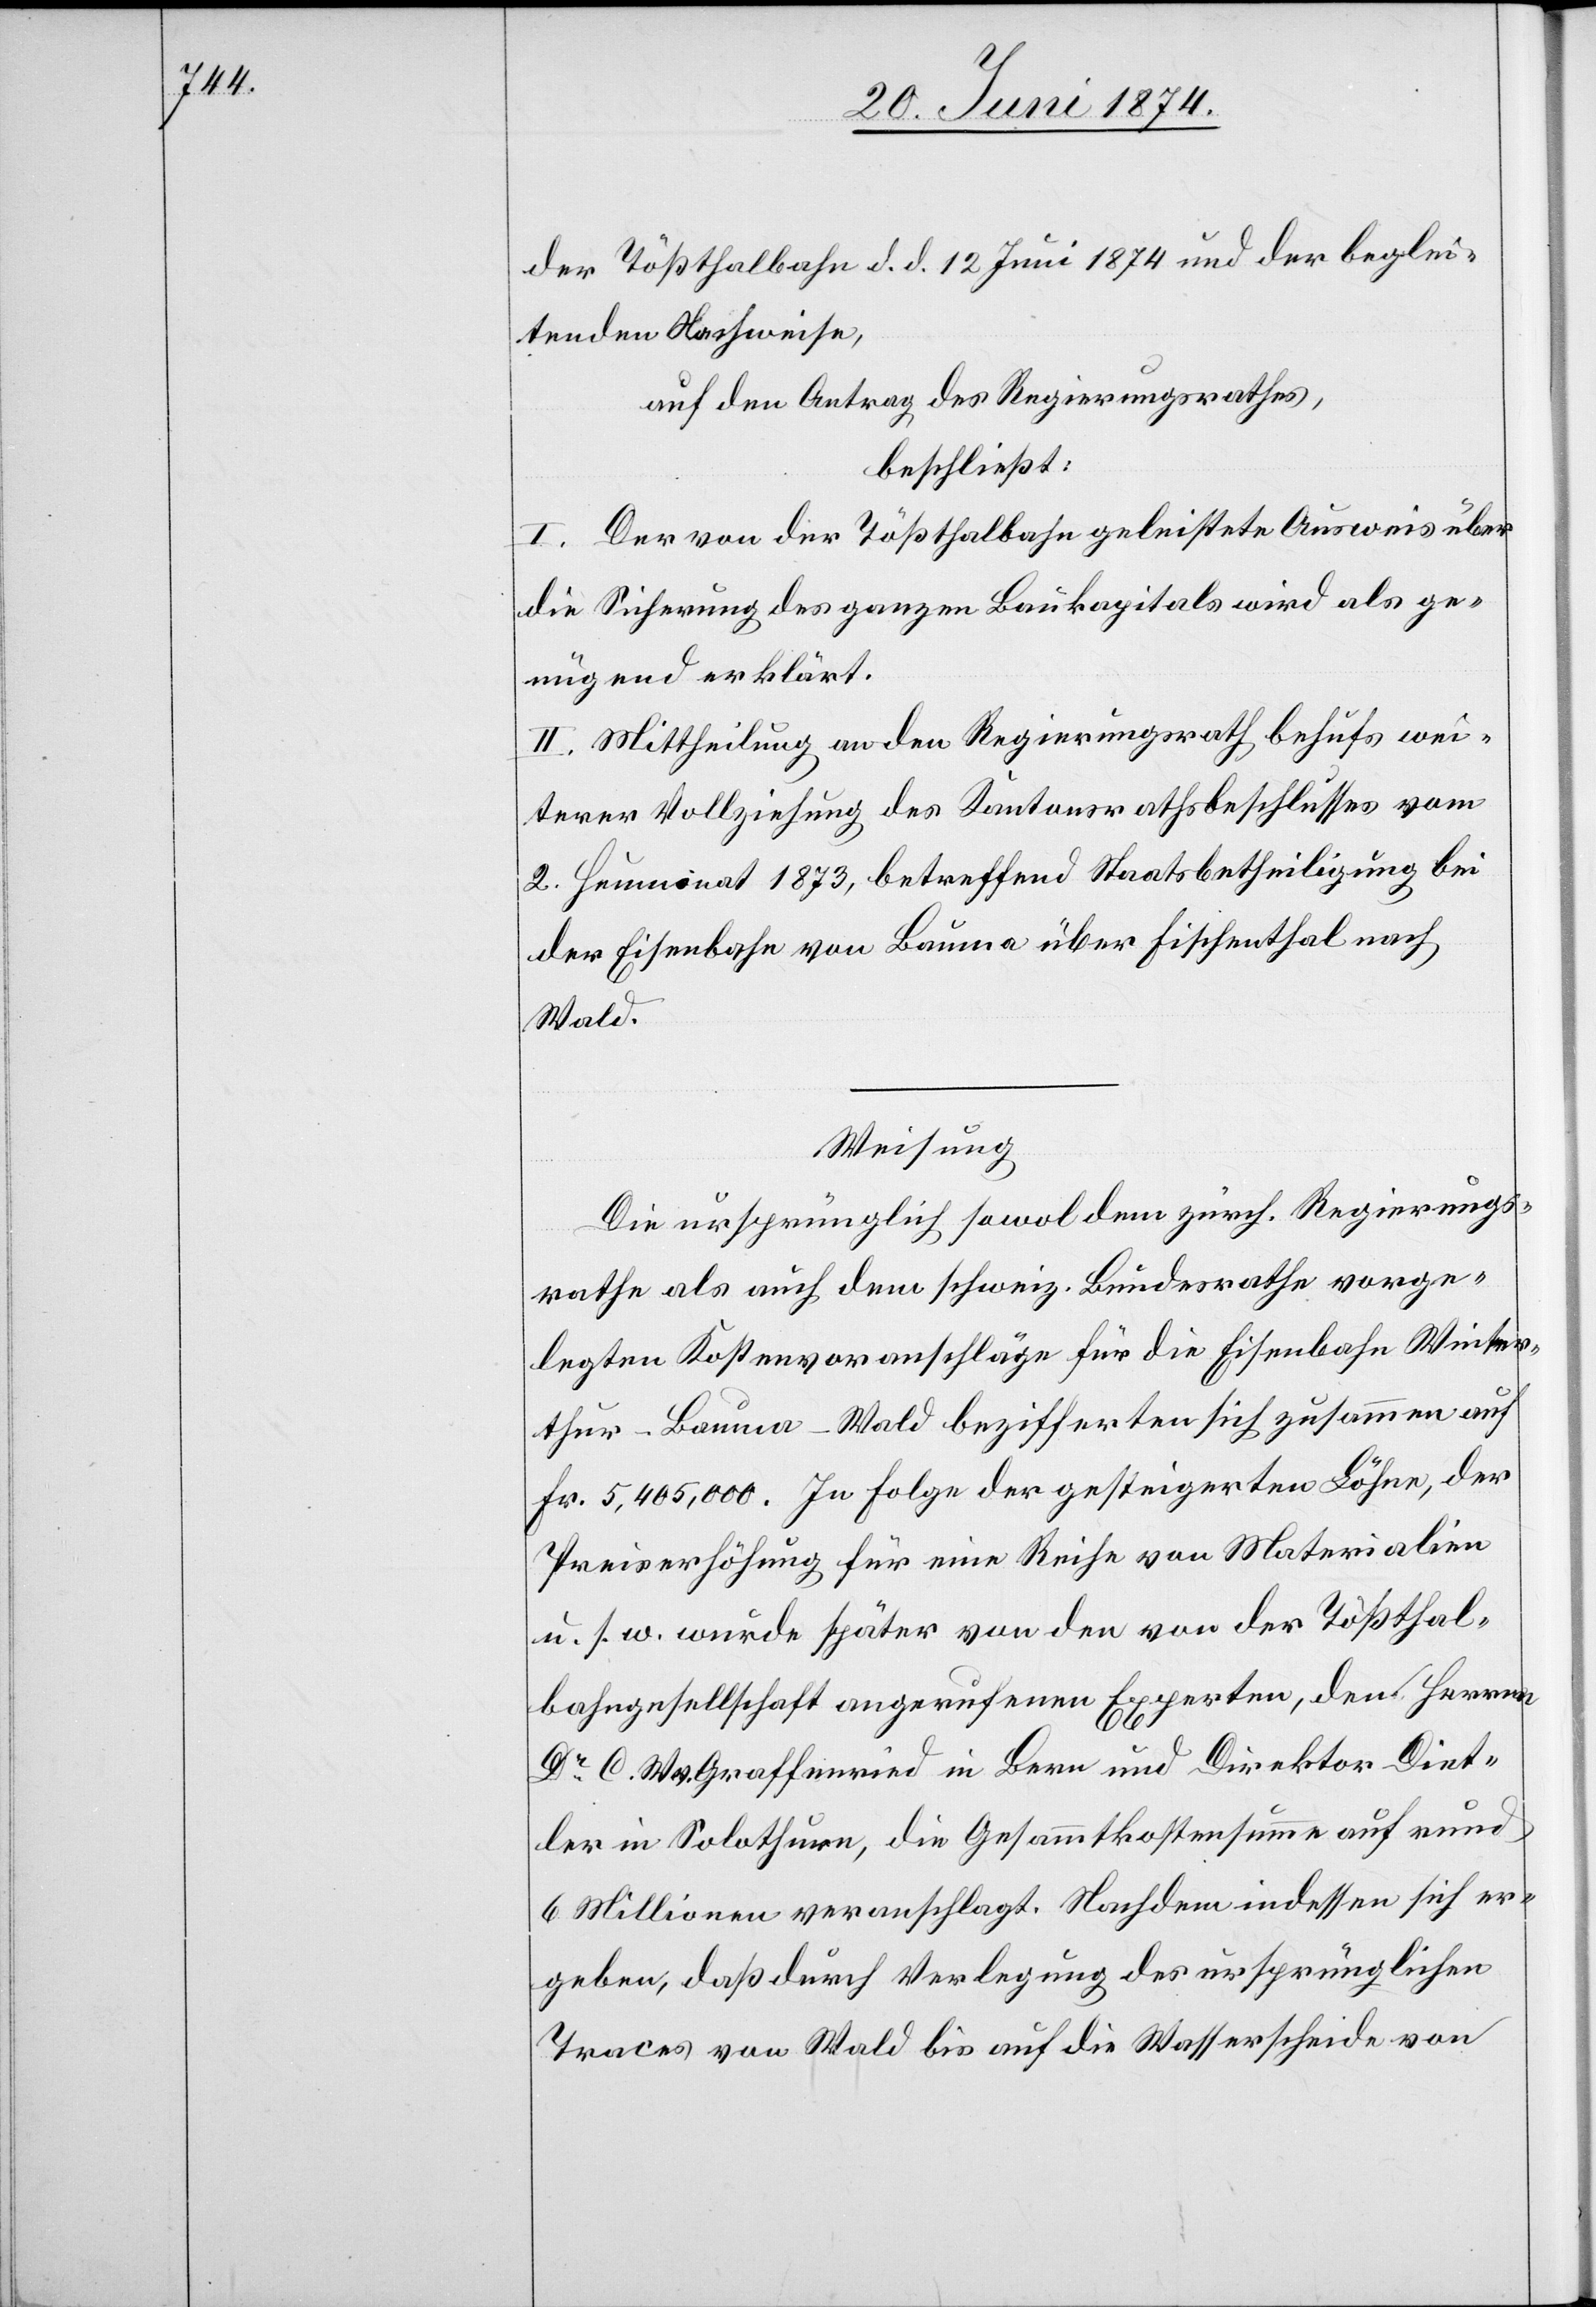
der Tößthalbahn d. d. 12. Juni 1874 und der beglei¬
tenden Nachweise,
auf den Antrag des Regierungsrathes,
beschließt:
I. Der von der Tößthalbahn geleistete Ausweis über
die Sicherung des ganzen Baukapitals wird als ge¬
nügend erklärt.
II. Mittheilung an den Regierungsrath behufs wei¬
terer Vollziehung des Kantonsrathsbeschlusses vom
2. Heumonat 1873, betreffend Staatsbetheiligung bei
der Eisenbahn von Bauma über Fischenthal nach
Wald.
Weisung
Die ursprünglich sowol dem zürch. Regierungs¬
rathe als auch dem schweiz. Bundesrathe vorge¬
legten Kostenvoranschläge für die Eisenbahn Winter¬
thur-Bauma-Wald bezifferten sich zusammen auf
Fr. 5,405,000. In Folge der gesteigerten Löhne, der
Preiserhöhung für eine Reihe von Materialien
u. s. w. wurde später von den von der Tößthal¬
bahngesellschaft angerufenen Experten, den Herren
W. v. Graffenried in Bern und Direktor Diet¬
ler in Solothurn, die Gesammtkostensumme auf rund
6 Millionen veranschlagt. Nachdem indessen sich er¬
geben, daß durch Verlegung des ursprünglichen
Traces von Wald bis auf die Wasserscheide von